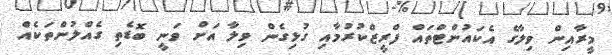
މީރާއިން ވިލާގެ އެކައުންޓްތައް ފްރީޒްކުރުމާއި ގުޅިގެން ވިލާ އަށް ވަނީ ބޮޑެތި ގެއްލުންތަކެއް